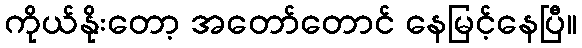
ကိုယ်နိုးတော့ အတော်တောင် နေမြင့်နေပြီ။